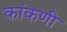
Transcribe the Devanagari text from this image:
कांकणी